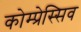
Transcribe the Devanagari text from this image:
कोम्प्रेस्सिव